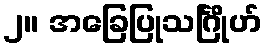
၂။ အခြေပြုသင်္ဂြိုဟ်